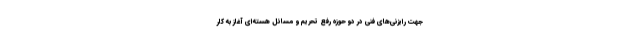
جهت رایزنی‌های فنی در دو حوزه رفع تحریم و مسائل هسته‌ای آغاز به کار